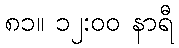
၈၁။ ၁၂:၀၀ နာရီ